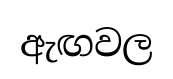
ඇඟවල